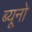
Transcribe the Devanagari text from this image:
ब्यूनो